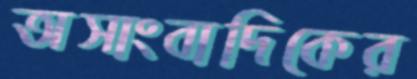
অসাংবাদিকের